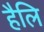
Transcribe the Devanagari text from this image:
हैलि